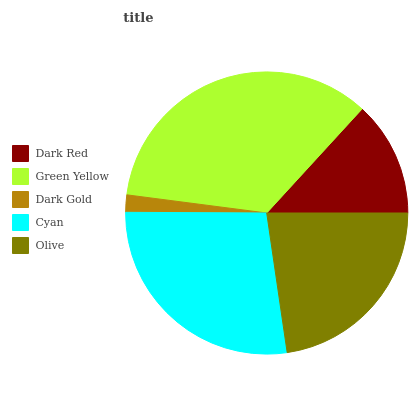
| Dark Red | Green Yellow | Dark Gold | Cyan | Olive |
 | --- | --- | --- | --- | --- |
 | 13.2% | 34.7% | 1.97% | 27.4% | 22.8% |